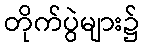
တိုက်ပွဲများ၌